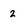
Character: 2